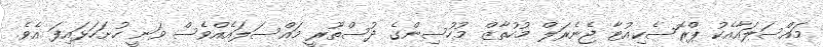
މައްސަލައާއެކު ޕްރޮސެކިއުޓާ ޖެނެރަލް މުހުތާޒް މުހުސިންގެ ދުސްތޫރީ މައްސަލައެއްވެސް ވަނީ ހުށަހަޅައިފަ އެވެ.